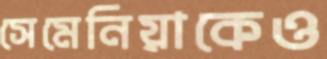
সেমেনিয়াকেও